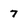
Character: 7